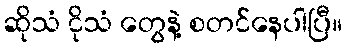
ဆိုသံ ငိုသံ တွေနဲ့ စတင်နေပါပြီ။